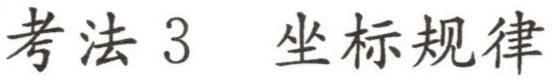
考法 3  坐标规律